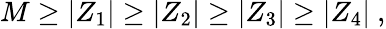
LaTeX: M\geq|Z_{1}|\geq|Z_{2}|\geq|Z_{3}|\geq|Z_{4}|~,